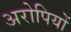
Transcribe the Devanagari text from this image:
अरोपियों